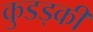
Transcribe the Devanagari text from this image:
कुडड्की